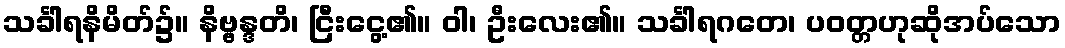
သင်္ခါရနိမိတ်၌။ နိဗ္ဗန္ဒတိ၊ ငြီးငွေ့၏။ ဝါ၊ ဦးလေး၏။ သင်္ခါရဂတေ၊ ပဝတ္တဟုဆိုအပ်သော